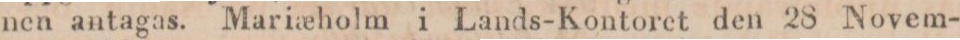
nen antagas. Maria_eholm i Lands-Kontoret den 28 Novem-